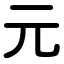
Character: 元